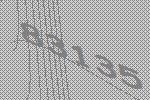
83135